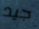
جيد